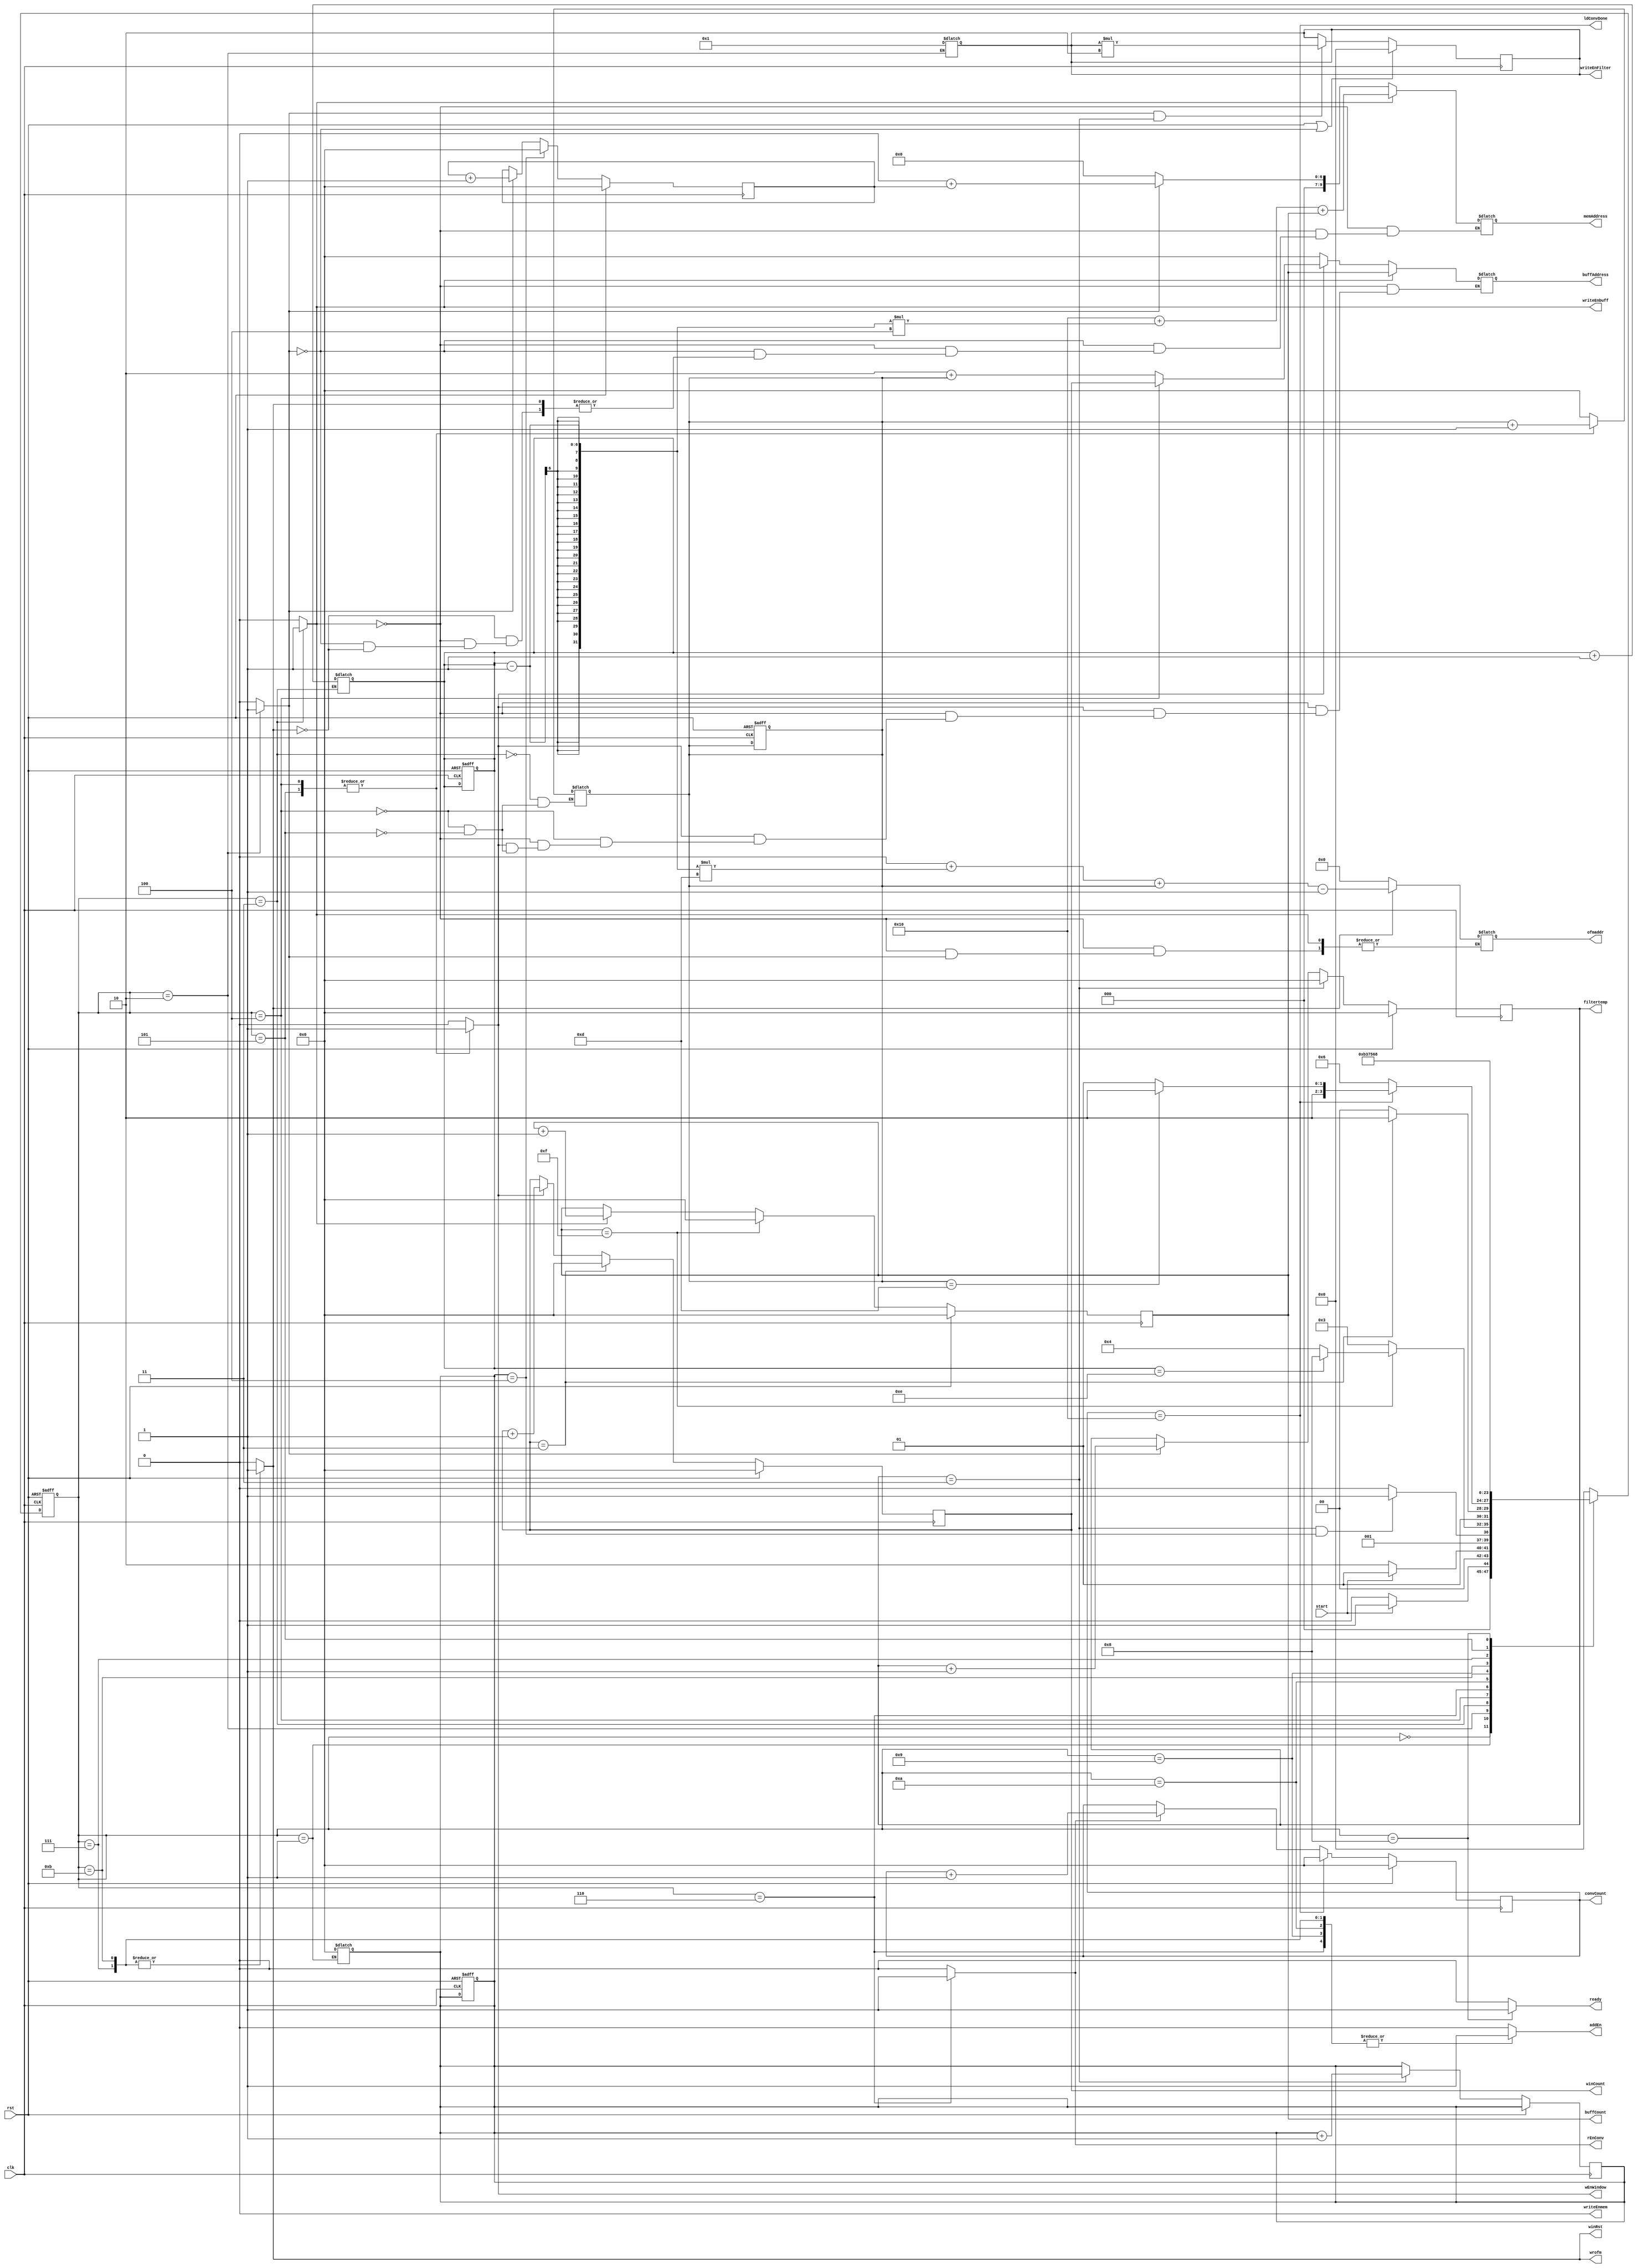
module Controller #(parameter N = 4)(
    input clk, rst,
    input start,
    output reg ready ,writeEnbuff, writeEnmem, wEnWindow, rEnConv, ldConvDone, addEn, winRst,wrofm,
    output reg [5:0] buffCount, filtertemp, winCount, convCount,
    output reg [9:0] memAddress,
    output reg [5:0] buffAddress,
    output reg [7:0] ofmaddr,
    output reg [N-1:0] writeEnFilter
  );

  // localparam X = 9'd5, Y = 9'd71, Z = 9'd83; //input2
  // localparam X = 9'd2, Y = 9'd71, Z = 9'd81; //input
  // localparam X = 9'd8, Y = 9'd, Z = 9'd82; //input3
  localparam X = 9'd16, Y = 9'd0, Z = 9'd0; //correct
  reg [5:0]  buffToWinCount, memToBuffCount;
  // localparam Idle = 4'd0, Init = 4'd1, LoadFilter1 = 4'd2, LoadFilter2 = 4'd3 , LoadFilter3 = 4'd4 ,
  //            LoadFilter4 = 4'd5, LoadBuff = 4'd6,
  //            LoadFirstWin = 4'd7, LoadRemWin = 4'd8, LoadConv = 4'd9, Write = 4'd10,
  //            Done = 4'd11, ConvHold = 4'd12, LastConvHold = 4'd13, LastWrite = 4'd14;
  localparam Idle = 4'd0, Init = 4'd1, LoadFilter = 4'd2, LoadBuff = 4'd3,
             LoadFirstWin = 4'd4, LoadRemWin = 4'd5, LoadConv = 4'd6, Write = 4'd7,
             Done = 4'd8, ConvHold = 4'd9, LastConvHold = 4'd10, LastWrite = 4'd11;

  wire ldBuffDone, ldFilterDone, ldWinDone, gotAllWin, gotAllBuff, gotallfilter;
  reg [5:0] filternumber;
  reg [5:0] filterCount;
  reg wEnFilter;


  reg [3:0] pstate, nstate;

  always @(pstate or start or ldBuffDone or ldFilterDone, ldWinDone, ldConvDone)
  begin
    nstate = Idle;
    case (pstate)
      Idle:
        nstate = start ? Init : Idle;
      Init:
        nstate = start ? Init : LoadFilter;
      // LoadFilter1:  //new states
      //   nstate =  LoadFilter2;
      // LoadFilter2:
      //   nstate =  LoadFilter3;
      // LoadFilter3:
      //   nstate =  LoadFilter4;
      // LoadFilter4:
      //   nstate = ldFilterDone ? LoadBuff : LoadFilter1;
      LoadFilter:
        nstate = (ldFilterDone && gotallfilter) ? LoadBuff : LoadFilter;
      LoadBuff:
        nstate = ldBuffDone ? (gotAllBuff ? Done : LoadFirstWin) : LoadBuff;
      LoadFirstWin:
        nstate = ldWinDone ? LoadConv : LoadFirstWin;
      LoadConv:
        nstate =  ldConvDone ? (gotAllWin ? LastConvHold : ConvHold) : LoadConv;
      LastConvHold:
        nstate = LastWrite;
      LastWrite:
        nstate = LoadBuff;
      ConvHold:
        nstate = Write;
      Write:
        nstate = LoadRemWin;
      LoadRemWin:
        nstate = LoadConv;
      Done:
        nstate = Done;
      default:
        ;
    endcase
  end

  always @(pstate)
  begin
    {wEnFilter, writeEnbuff, wEnWindow, rEnConv, writeEnmem, addEn, winRst, ready, wrofm} = 9'd0;
    case (pstate)
      // LoadFilter1:
      // begin
      //   wEnFilter = 1'd1;
      // end
      // LoadFilter2:  
      // begin
      //   wEnFilter = 1'd1;
      // end
      // LoadFilter3:
      // begin
      //   wEnFilter = 1'd1;
      // end
      // LoadFilter4:
      // begin
      //   wEnFilter = 1'd1;
      // end
      Init:
      begin
        filternumber <= 0;
      end
      LoadFilter:
      begin
        wEnFilter = 1'd1;
        writeEnFilter <= 1;
      end
      LoadBuff:
      begin
        // rEnMem = 1'd1;
        writeEnbuff = 1'd1;
        memToBuffCount <= memToBuffCount + 1;
        buffToWinCount <= 0;
      end
      LoadFirstWin:
      begin
        wEnWindow = 1'd1;
        buffToWinCount = buffToWinCount + 1;
      end
      LoadRemWin:
      begin
        wEnWindow = 1'd1;
        buffToWinCount = buffToWinCount + 1;
      end
      LoadConv:
      begin
        rEnConv = 1'd1;
        addEn = 1'd1;
      end
      ConvHold:
      begin
        addEn = 1'd1;
      end
      Write:
      begin
        addEn = 1'd1;
        wrofm = 1'd1;
        winRst = 1'd1;
      end
      LastConvHold:
      begin
        addEn = 1'd1;
      end
      LastWrite:
      begin
        addEn = 1'd1;
        wrofm = 1'd1;
        winRst = 1'd1;
      end
      Done:
      begin
        {wEnFilter, writeEnbuff, wEnWindow, rEnConv} = 4'd0;
        ready = 1'd1;
      end
    endcase
  end

  // always @(posedge clk)
  // begin
  //   if (rst || (wEnFilter == 0))
  //     writeEnFilter <= 0;
  //   else if (wEnFilter && filtertemp == 0)
  //   begin
  //     if(writeEnFilter == 0)
  //       writeEnFilter <= 1;
  //     else 
  //       writeEnFilter <= writeEnFilter * 2;
  //   end
  // end

   always @(posedge clk)
  begin
    if (rst || (wEnFilter == 0))
      writeEnFilter <= 0;
    else if (wEnFilter && filtertemp == 3)
    begin
        writeEnFilter <= writeEnFilter * 2;
    end
  end


  always @(posedge clk or posedge rst)
  begin
    if (rst)
    begin
      pstate <= Idle;
      buffToWinCount <= 0;
      memToBuffCount <= 0;
      filternumber <= 0;
    end
    else
      pstate <= nstate;
  end

  always @(posedge clk)
  begin
    if (rst)
      buffCount <= 8'b0;
    else if (buffCount == 8'd15)
    begin
      buffCount <= 8'b0;
    end
    else if (writeEnbuff)
      buffCount <= buffCount + 1;
  end

  always @(posedge clk)
  begin
    if (rst)
      filterCount <= 8'b0;
    else if (gotallfilter)
      filterCount <= 8'b0;
    else if (wEnFilter)
      filterCount <= filterCount + 1;
  end
  // new filtertemp
    always @(posedge clk)
  begin
    if (rst)
      filtertemp <= 8'b0;
    else if (filtertemp == 8'd3)
    begin
      filtertemp <= 8'b0;
      filternumber <= filternumber + 1;
    end
    else if (wEnFilter)
      filtertemp <= filtertemp + 1;
  end

  always @(posedge clk)
  begin
    if (rst)
      winCount <= 8'b0;
    else if (winCount == 8'd3)
      winCount <= 8'b0;
    else if (wEnWindow)
      winCount <= winCount + 1;
  end

  always @(posedge clk)
  begin
    if (rst)
      convCount <= 8'b0;
    else if (convCount == 8'd16)
      convCount <= 8'b0;
    else if (rEnConv)
      convCount <= convCount + 1;
  end

  assign ldFilterDone = (filtertemp == 8'd3);
  assign ldBuffDone = (buffCount == 8'd15);
  assign ldWinDone = (winCount == 8'd3);
  assign ldConvDone = (convCount == 8'd16);
  assign gotAllWin = (buffToWinCount == 8'd13);
  assign gotAllBuff = (memToBuffCount == 8'd14);
  assign gotallfilter = (filternumber == N); 

  always @(*)
  begin
    if (writeEnbuff)
      memAddress = X + (memToBuffCount - 1) * 4 + buffCount;
    else if (wEnFilter)
      memAddress = Y + filterCount;
    else if (wrofm)
      ofmaddr = Z * 4 + (memToBuffCount - 1) * 13 + buffToWinCount - 1;
    else if(wrofm == 0)
      ofmaddr = 0;
    else
      memAddress = 0;
  end

  always @(*)
  begin
    if (writeEnbuff)
      buffAddress = buffCount;
    else if (wEnWindow)
    begin
      if (pstate == LoadFirstWin)
        buffAddress = winCount;
      else if (pstate == LoadRemWin)
        buffAddress = 2 + buffToWinCount;
    end
    else
      buffAddress = 0;
  end

endmodule